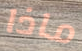
ماذا